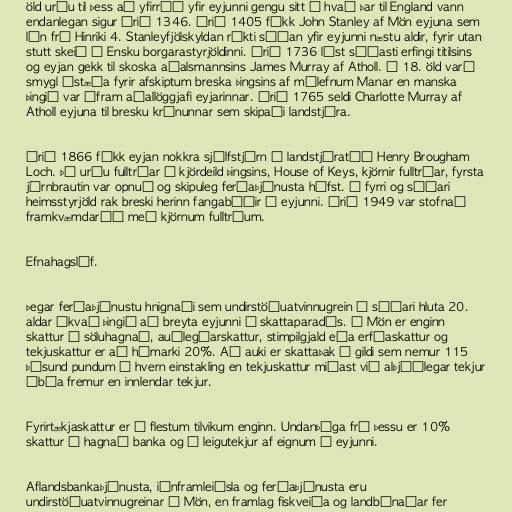
öld urðu til þess að yfirráð yfir eyjunni gengu sitt á hvað þar til England vann
endanlegan sigur árið 1346. Árið 1405 fékk John Stanley af Mön eyjuna sem
lén frá Hinriki 4. Stanleyfjölskyldan ríkti síðan yfir eyjunni næstu aldir, fyrir utan
stutt skeið í Ensku borgarastyrjöldinni. Árið 1736 lést síðasti erfingi titilsins
og eyjan gekk til skoska aðalsmannsins James Murray af Atholl. Á 18. öld varð
smygl ástæða fyrir afskiptum breska þingsins af málefnum Manar en manska
þingið var áfram aðallöggjafi eyjarinnar. Árið 1765 seldi Charlotte Murray af
Atholl eyjuna til bresku krúnunnar sem skipaði landstjóra.

Árið 1866 fékk eyjan nokkra sjálfstjórn í landstjóratíð Henry Brougham
Loch. Þá urðu fulltrúar í kjördeild þingsins, House of Keys, kjörnir fulltrúar, fyrsta
járnbrautin var opnuð og skipuleg ferðaþjónusta hófst. Í fyrri og síðari
heimsstyrjöld rak breski herinn fangabúðir á eyjunni. Árið 1949 var stofnað
framkvæmdaráð með kjörnum fulltrúum.

Efnahagslíf.

Þegar ferðaþjónustu hnignaði sem undirstöðuatvinnugrein á síðari hluta 20.
aldar ákvað þingið að breyta eyjunni í skattaparadís. Á Mön er enginn
skattur á söluhagnað, auðlegðarskattur, stimpilgjald eða erfðaskattur og
tekjuskattur er að hámarki 20%. Að auki er skattaþak í gildi sem nemur 115
þúsund pundum á hvern einstakling en tekjuskattur miðast við alþjóðlegar tekjur
íbúa fremur en innlendar tekjur.

Fyrirtækjaskattur er í flestum tilvikum enginn. Undanþága frá þessu er 10%
skattur á hagnað banka og á leigutekjur af eignum á eyjunni.

Aflandsbankaþjónusta, iðnframleiðsla og ferðaþjónusta eru
undirstöðuatvinnugreinar á Mön, en framlag fiskveiða og landbúnaðar fer